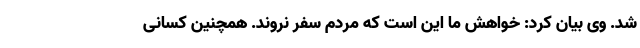
شد. وی بیان کرد: خواهش ما این است که مردم سفر نروند. همچنین کسانی